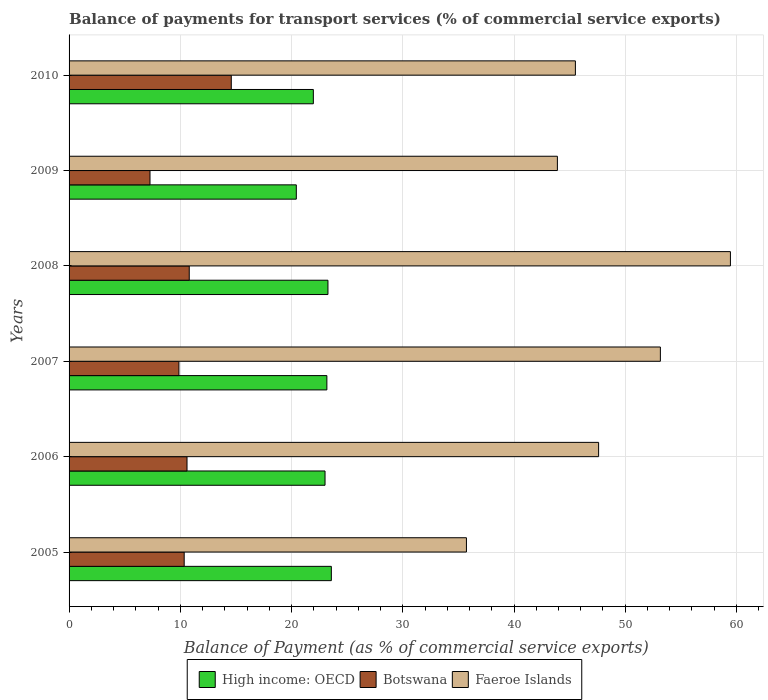
| Years | High income: OECD | Botswana | Faeroe Islands |
 | --- | --- | --- | --- |
 | 2005 | 23.6 | 10.3 | 35.7 |
 | 2006 | 23 | 10.6 | 47.6 |
 | 2007 | 23.2 | 9.88 | 53.2 |
 | 2008 | 23.3 | 10.8 | 59.5 |
 | 2009 | 20.4 | 7.28 | 43.9 |
 | 2010 | 22 | 14.6 | 45.5 |